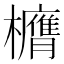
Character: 𭬶